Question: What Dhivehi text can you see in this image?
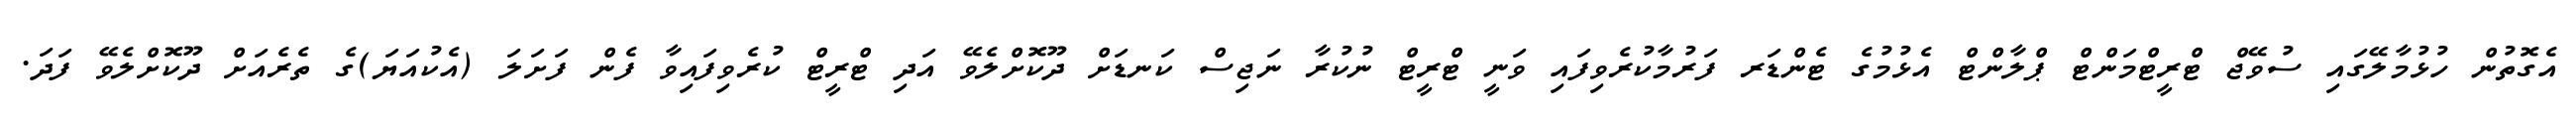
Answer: އެގޮތުން ހުޅުމާލޭގައި ސުވޭޖް ޓްރީޓްމަންޓް ޕްލާންޓް އެޅުމުގެ ޓެންޑަރ ފަރުމާކުރެވިފައި ވަނީ ޓްރީޓް ނުކުރާ ނަޖިސް ކަނޑަށް ދޫކޮށްލެވޭ އަދި ޓްރީޓް ކުރެވިފައިވާ ފެން ފަށަލަ (އެކުއަޔަ)ގެ ތެރެއަށް ދޫކޮށްލެވޭ ފަދަ.